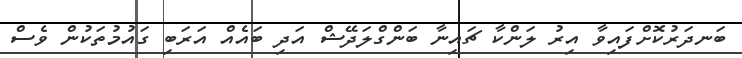
ބަނދަރުކޮށްފައިވާ އިރު ލަންކާ ޗައިނާ ބަންގްލަދޭޝް އަދި ބައެއް އަރަބި ގައުމުތަކުން ވެސް